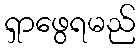
ရှာဖွေရမည်